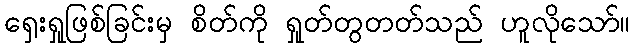
ရှေးရှုဖြစ်ခြင်းမှ စိတ်ကို ရှုတ်တွတတ်သည် ဟူလိုသော်။